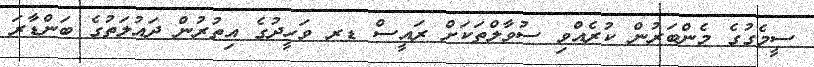
ސީމެގުގެ މެންބަރުން ކުރެއްވި ސުވާލްތަކަށް ރައީސް ޑރ ވަހީދުގެ އިތުރުން ދައުލަތުގެ ބަންޑާރަ